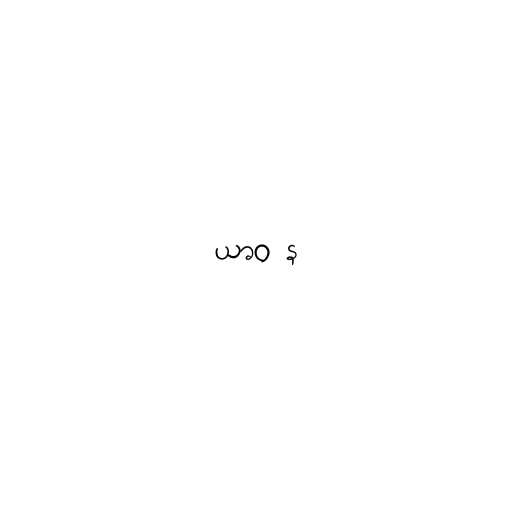
ယာဝ န